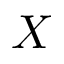
X